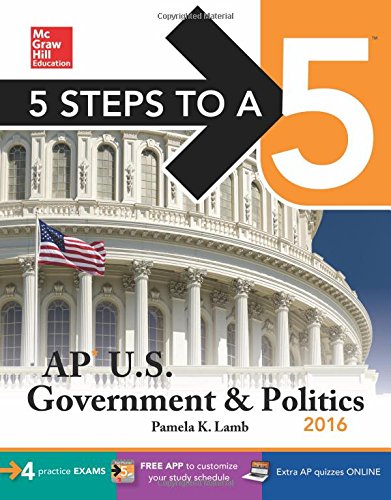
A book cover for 5 Steps to a 5 AP US Government & Politics 2016 (5 Steps to a 5 on the Advanced Placement Examinations Series); Pamela Lamb; Test Preparation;